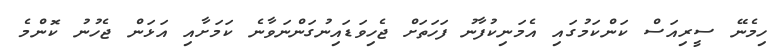
ހިމެނޭ ސީރިއަސް ކަންކަމުގައި އެމަނިކުފާނު ފަހަތަށް ޖެހިވަޑައިނުގަންނަވާނެ ކަމަށާއި އަޅަން ޖެހުނު ކޮންމެ